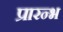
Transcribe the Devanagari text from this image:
प्रारन्भ